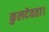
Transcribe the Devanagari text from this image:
कुलदेवता।